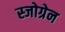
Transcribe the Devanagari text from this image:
स्जोग्रेन